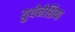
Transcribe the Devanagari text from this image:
युथेनेशिया